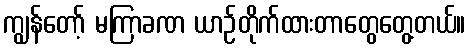
ကျွန်တော့် မကြာခဏ ယာဉ်တိုက်ထားတာတွေတွေ့တယ်။